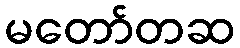
မတော်တဆ